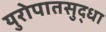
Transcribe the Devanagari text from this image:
युरोपातसुद्धा